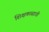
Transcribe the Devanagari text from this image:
शिक्षकासाठी